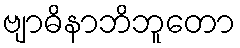
ဗျာဓိနာဘိဘူတော